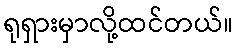
ရုရှားမှာလို့ထင်တယ်။